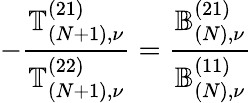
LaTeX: -\frac{\mathbb{T}_{(N+1),\nu}^{(21)}}{\mathbb{T}_{(N+1),\nu}^{(22)}}=\frac{\mathbb{B}_{(N),\nu}^{(21)}}{\mathbb{B}_{(N),\nu}^{(11)}}